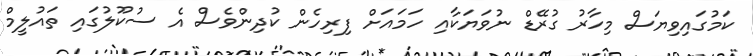
ކަމުގައިވިޔަސް މިހާރު ގުރޭޑް ނުވަޔަކާއި ހަމައަށް ފިރިހެން ކުދިންވެސް އެ ސުކޫލުގައި ތައުލީމް